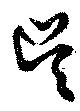
呉